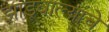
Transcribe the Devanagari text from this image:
झाडूवाल्यांचे